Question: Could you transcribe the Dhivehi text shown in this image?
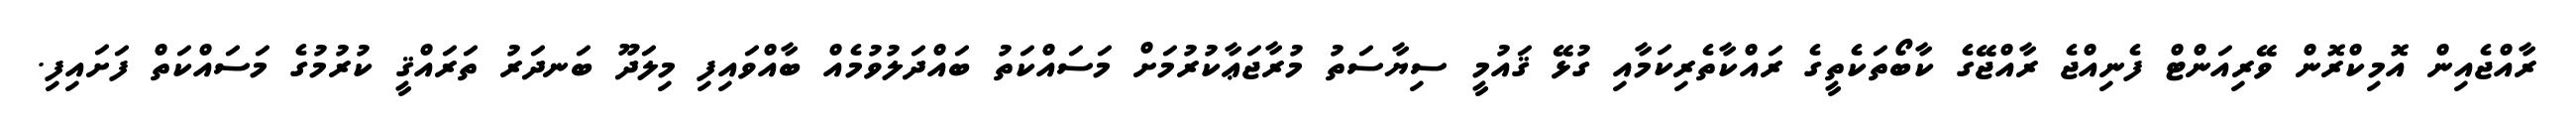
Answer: ރާއްޖެއިން އޮމިކްރޮން ވޭރިއަންޓް ފެނިއްޖެ ރާއްޖޭގެ ކާބޯތަކެތީގެ ރައްކާތެރިކަމާއި ގުޅޭ ޤައުމީ ސިޔާސަތު މުރާޖަޢާކުރުމަށް މަސައްކަތު ބައްދަލުވުމެއް ބާއްވައިފި މިލަދޫ ބަނދަރު ތަރައްޤީ ކުރުމުގެ މަސައްކަތް ފަށައިފި.